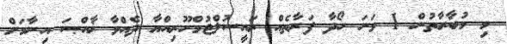
މި މުބާރާތުން 1 ވަނަ ހޯދާ ފަރާތެއް ރައީސުލްޖުމްހޫރިއްޔާ ދެއްވާ ޚާއްޞަ އިނާމަށް